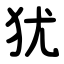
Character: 犹